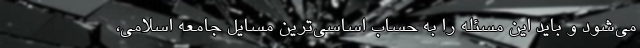
می‌شود و باید این مسئله را به حساب اساسی‌ترین مسایل جامعه اسلامی،